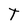
Character: T